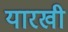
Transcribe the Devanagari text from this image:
यारखी